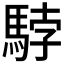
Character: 𩣡